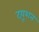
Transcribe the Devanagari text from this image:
ट्‍यूशन